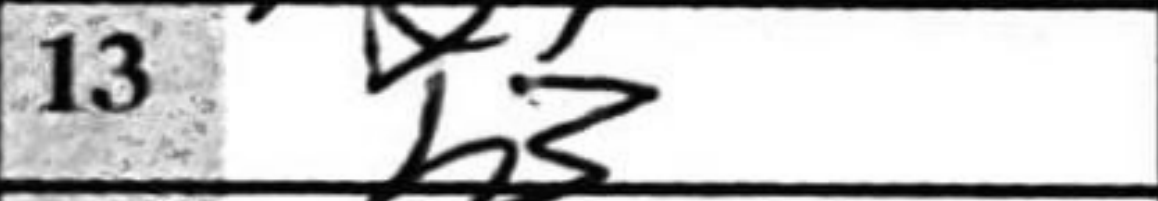
Transcription: b3